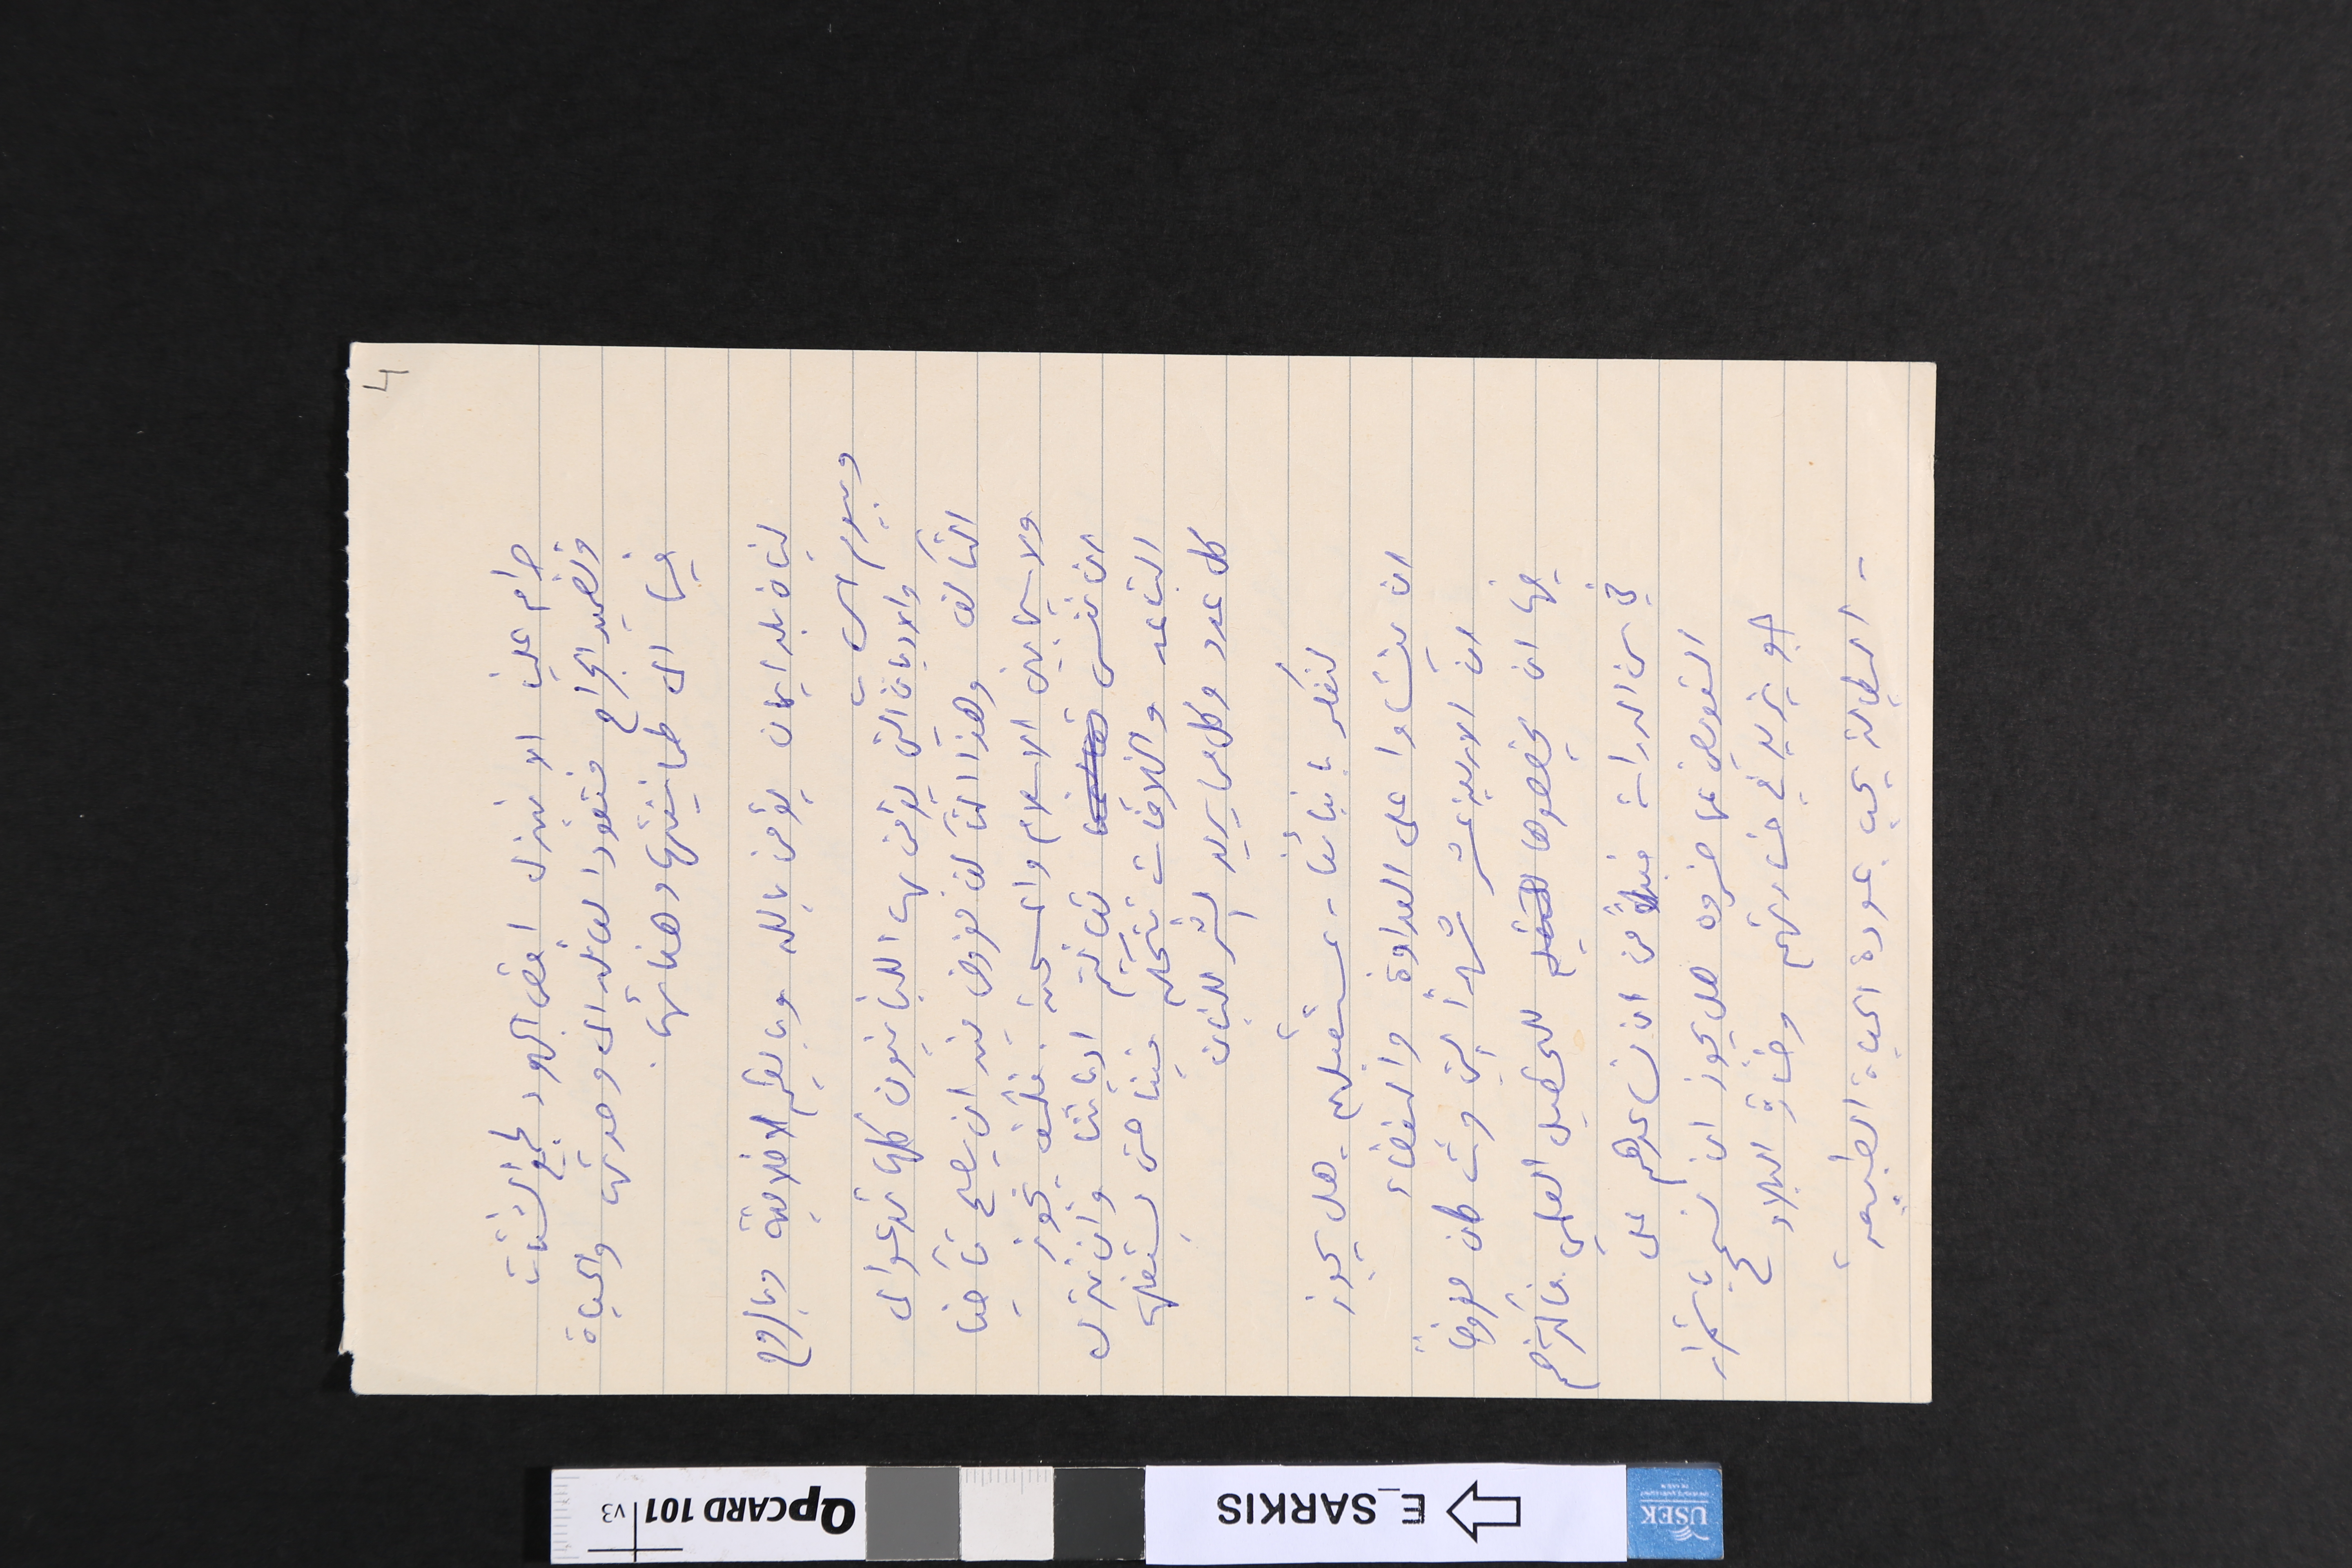
حرام علينا الا نبذل اقصى الجهود لجمع الشتات
وتضميد الجراح فتعود العائله الى وحدتها والحياة
فيها الى طمانينتها وهنائها.
لبنان بلد ايمان يؤمن بالله وبالقيم الاخلاقية وبالروح
وبيوم الحساب
التآلف وهذا التآلف مفروض فيه ان يصبح تآخيا
ولاسيما بين الاسلام والمسيحين. فكيف يجوز
ان ننسى تعاليم ادياننا وان نترك
التباعد والخلافات تتحكم فينا حتى يستغلها
كل عدو وكل من يريد الشر للبنان
لنفكر بابنائنا - بمستقبلهم - هل يجوز
ان ينشاوا على العداوة والبغضاء
ان الاربعة عشر شهراً التي مرت كان مفروضاً
فيها ان يخصصوها للتحصيل العلمي فاكثرهم
في سن الدراسة فبدلاً من ان نساعدهم على
التعويض عما خسروه هل يجوز ان نسمح باستمرار
جو يزيد في خسارتهم وخسارة البلاد
- البطالة يجب عودة الحياة الطبيعية
4
والاديان التي يؤمن بها اللبنانيون كلها تدعو الى